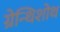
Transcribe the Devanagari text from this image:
ग्रेन्थिशोथ